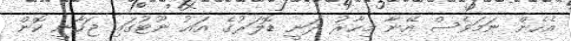
އެހެން ނަމަވެސް އޭނާ މިހާރު ދަނީ ޑޮލަރުގެ އައު ނޫޓުގައި ޖަހާނީ ކޮން